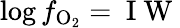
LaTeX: \log f_{\mathrm{O_{2}}}=\mathrm{~I~W~}